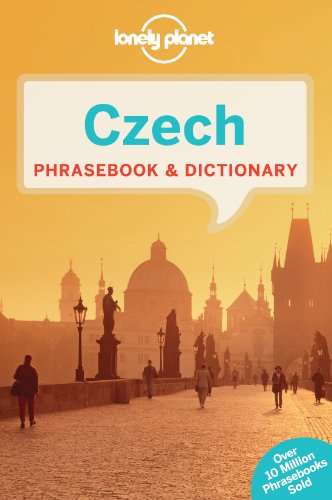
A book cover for Lonely Planet Czech Phrasebook & Dictionary; Lonely Planet; Travel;